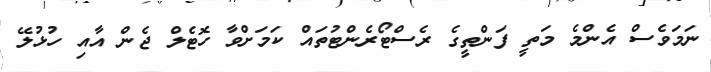
ނަމަވެސް އެންމެ މަތީ ފަންތީގެ ރެސްޓޯރެންޓުތައް ކަމަށްވާ ހޮޓެލް ޖެން އާއި ހުޅުލޭ